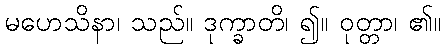
မဟေသိနာ၊ သည်။ ဒုက္ခာတိ၊ ၍။ ဝုတ္တာ၊ ၏။